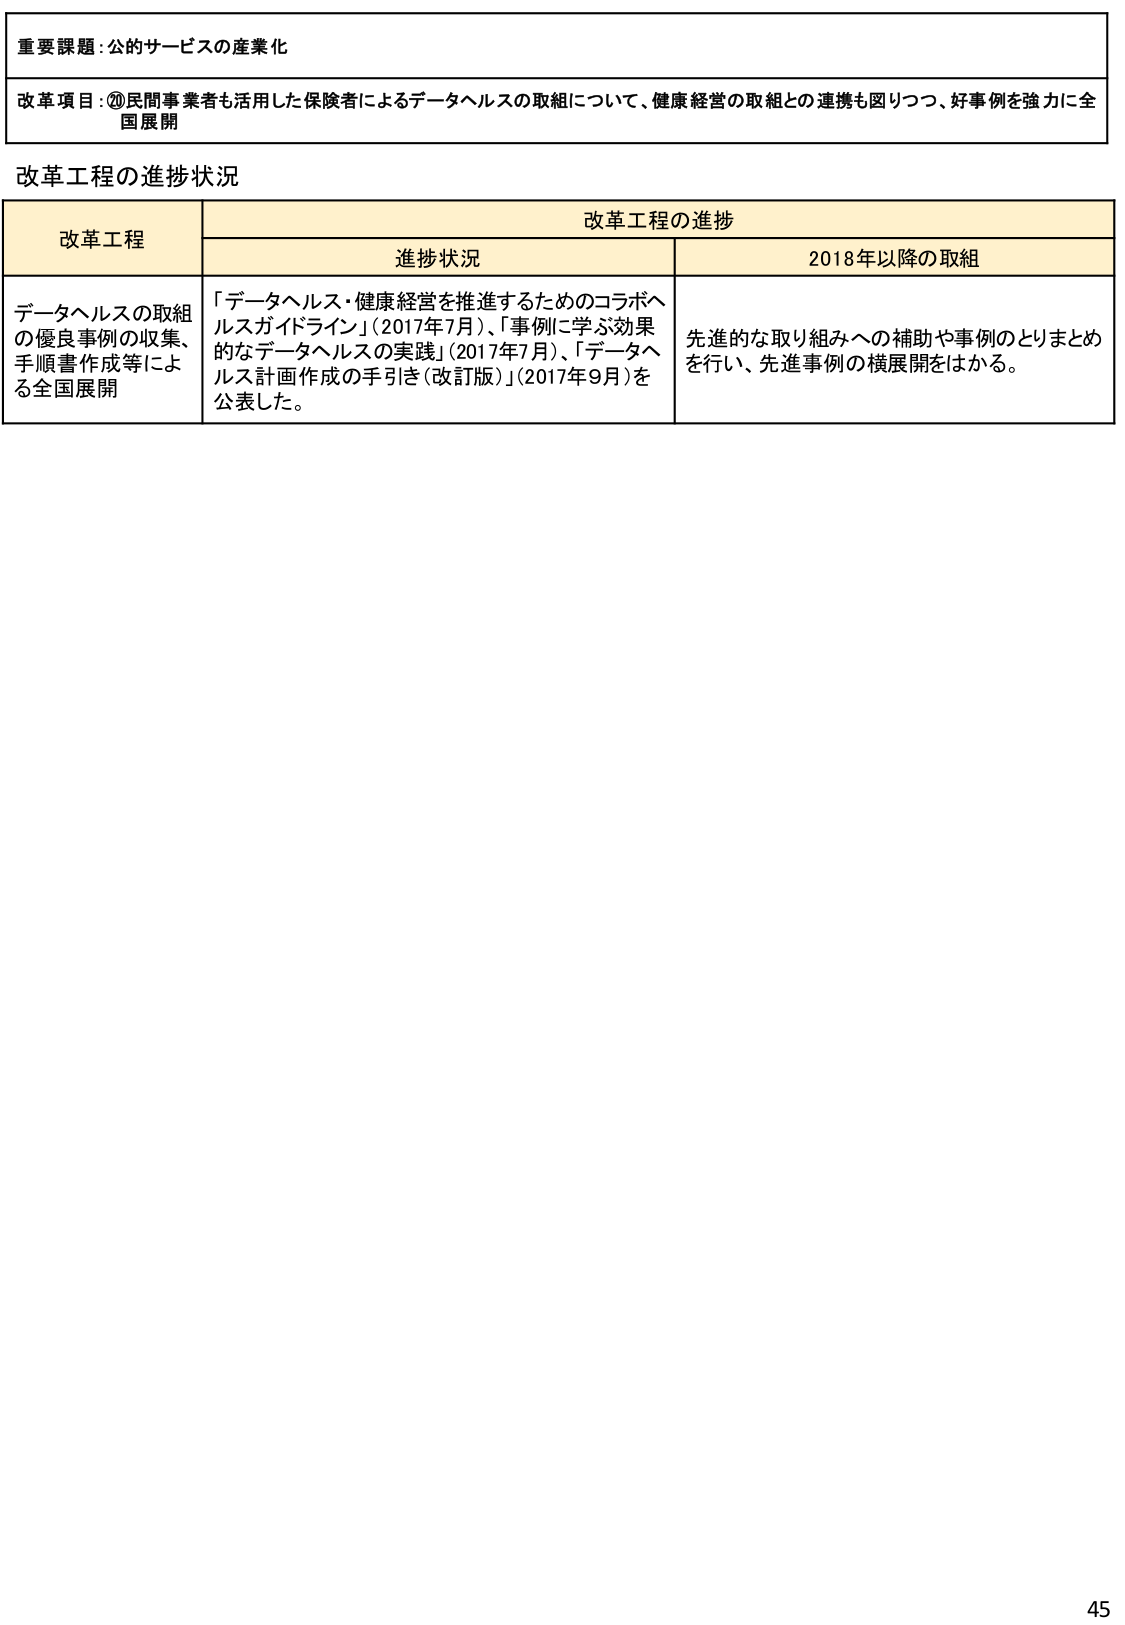
重要課題：公的サービスの産業化

改革項目：⑳民間事業者も活用した保険者によるデータヘルスの取組について、健康経営の取組との連携も図りつつ、好事例を強力に全国展開

改革工程の進捗状況

改革工程